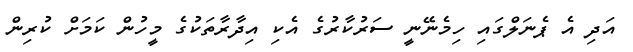
އަދި އެ ޕެނަލްގައި ހިމެނޭނީ ސަރުކާރުގެ އެކި އިދާރާތަކުގެ މީހުން ކަމަށް ކުރިން